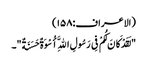
(الاعراف:۱۵۸)
"لَقَدْ کَانَ لَکُمْ فِی رَسُولِ اللَّهِ أُسْوَةٌ حَسَنَةٌ"۔